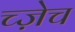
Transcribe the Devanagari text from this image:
च्ज़ेच